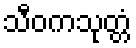
သီဝကသုတ္တံ